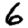
Digit: 6